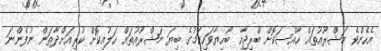
އެހެންވެ މަޝްރޫއުތައް ހާއްސަކޮށް ބްރިޖާއި ބޯހިޔާވަހިކަމުގެ ބިޔަ މަޝްރޫއުތައް ހަލުއިކޮށް ކުރިއަށްދާތަން ނުފެންނަ